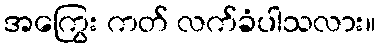
အကြွေး ကတ် လက်ခံပါသလား။